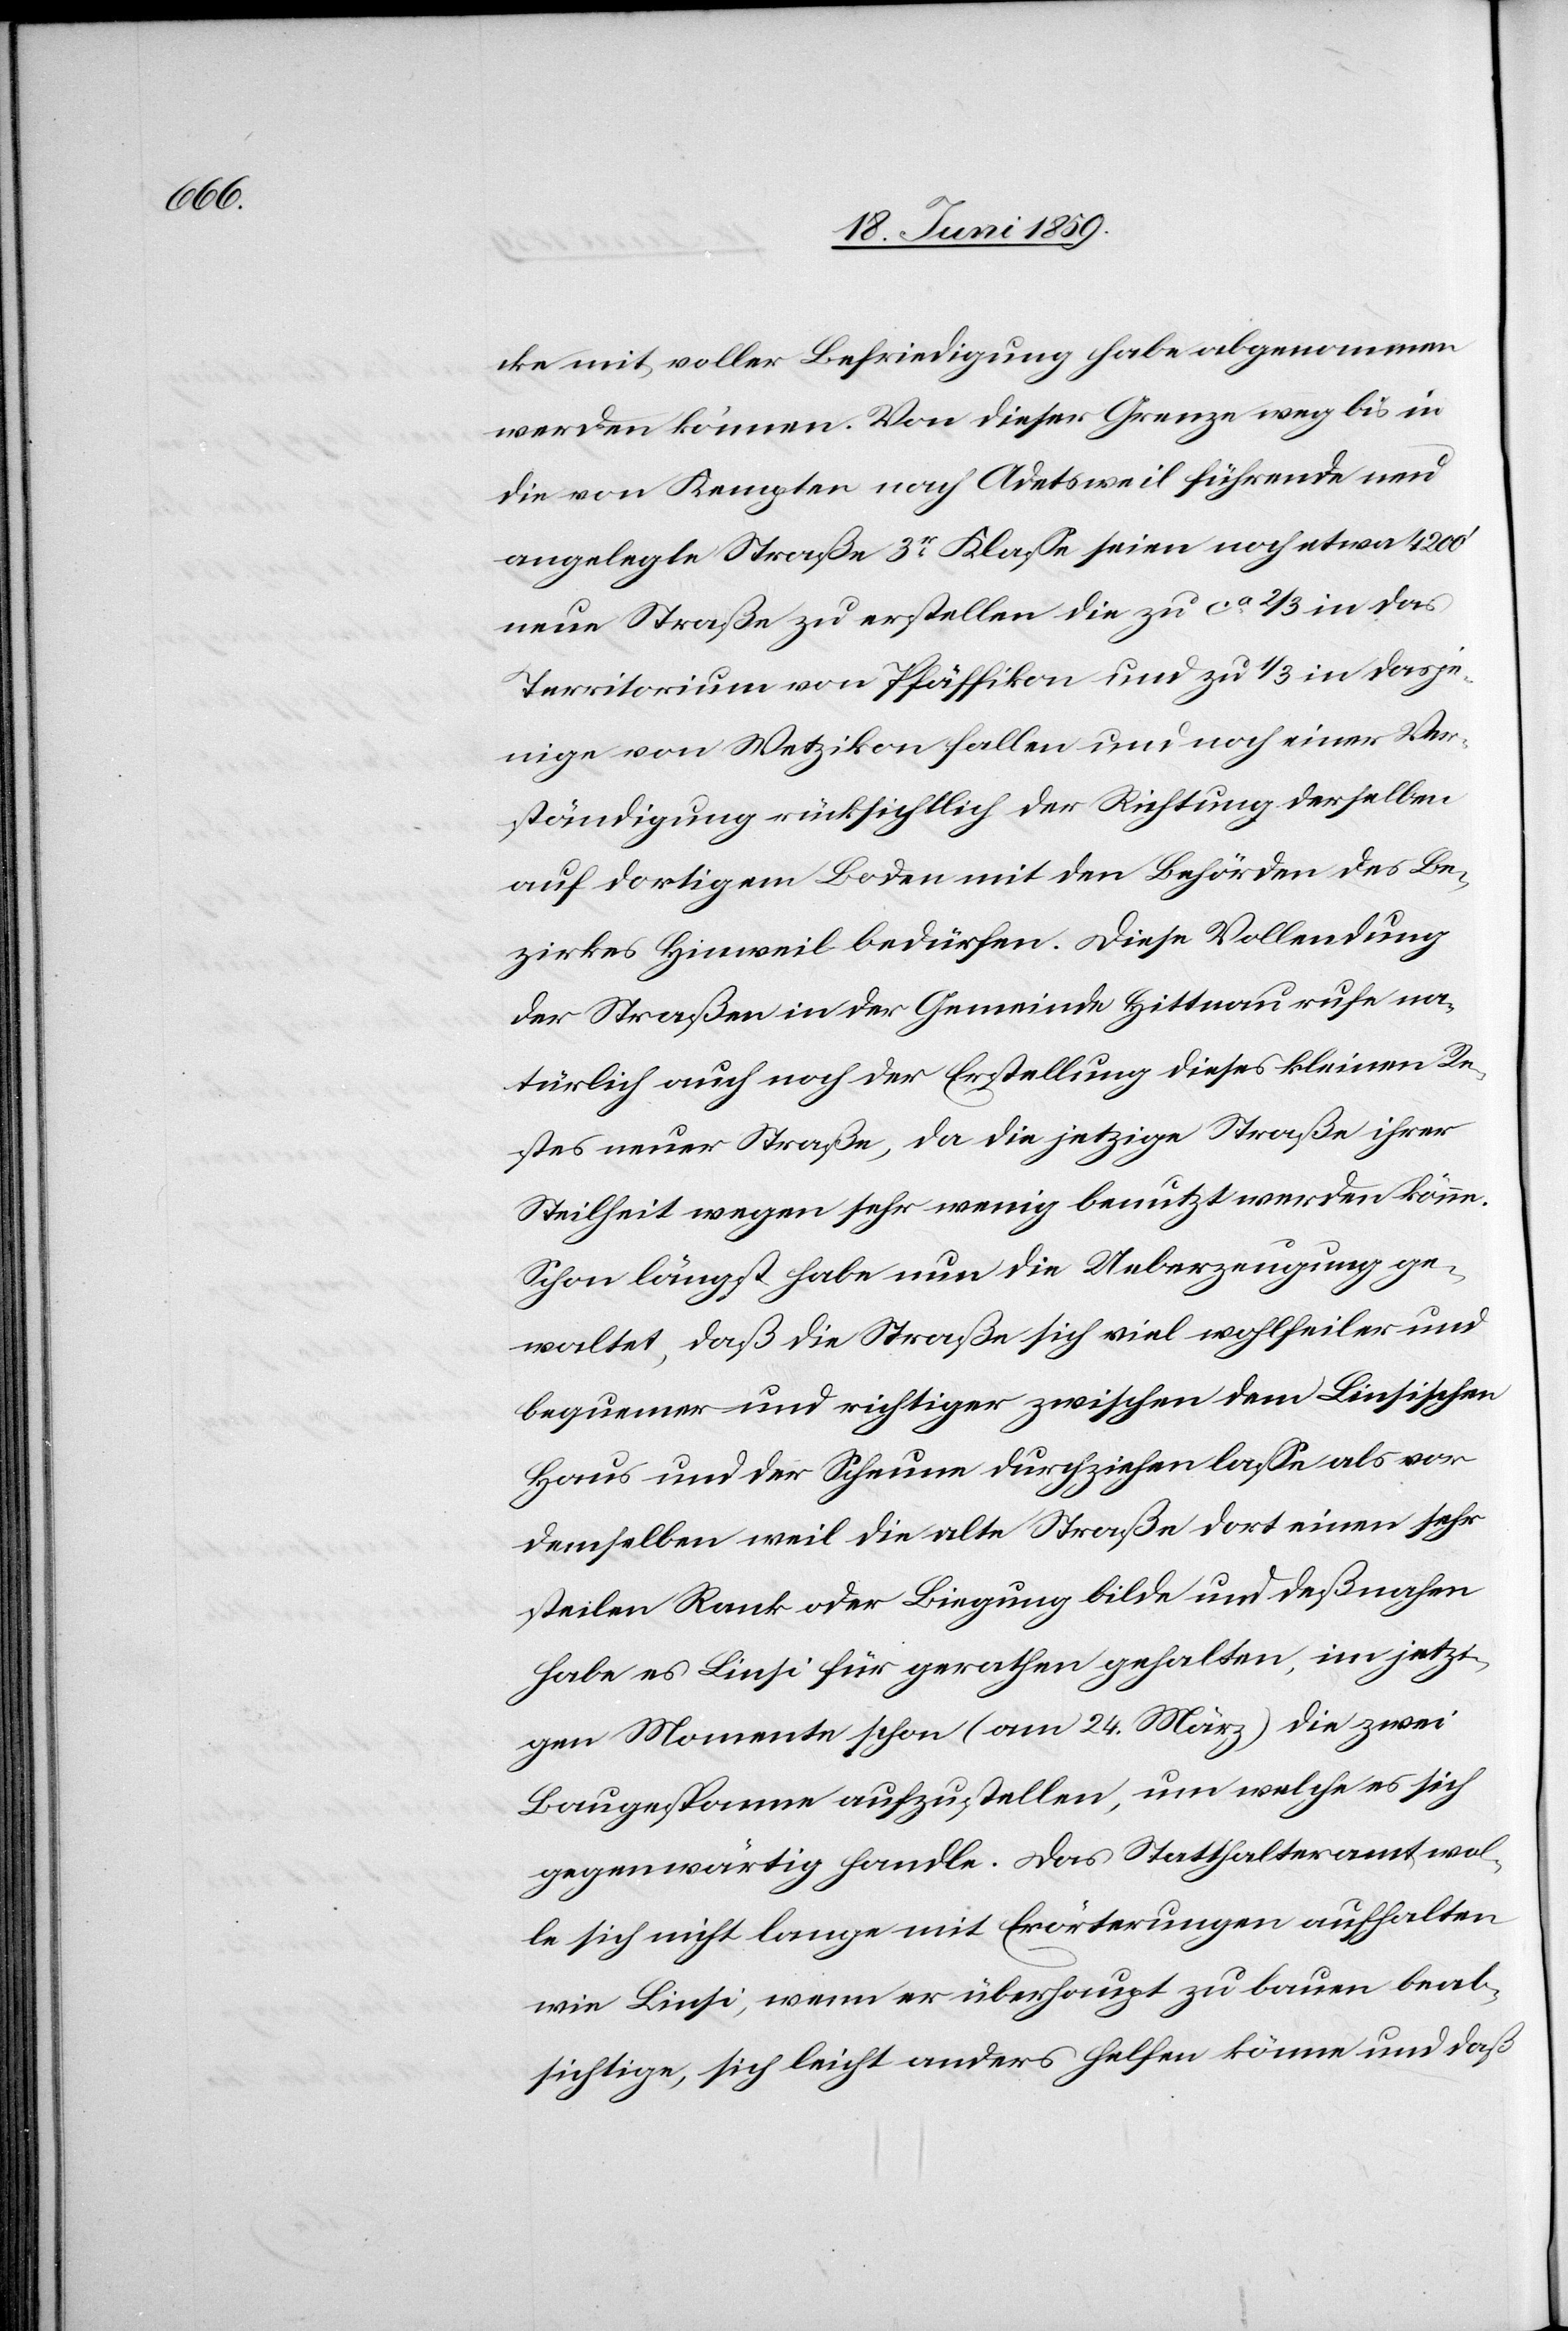
cke mit voller Befriedigung habe abgenommen
werden können. Von dieser Grenze weg bis in
die von Kempten nach Adetsweil führende neu
angelegte Straße 3er Klasse seien noch etwa 2400‘
neue Straße zu erstellen die zu ca 1/3 in das
Territorium von Pfäffikon und zu 1/3 in dasje¬
nige von Wetzikon fallen und noch einer Ver¬
ständigung rücksichtlich der Richtung derselben
auf dortigem Boden mit den Behörden des Be¬
zirkes Hinweil bedürfen. Diese Vollendung
der Straßen in der Gemeinde Hittnau rufe na¬
türlich auch noch der Erstellung dieses kleinen Re¬
stes neuer Straße, da die jetzige Straße ihrer
Steilheit wegen sehr wenig benutzt werden könne.
Schon längst habe nun die Ueberzeugung ge¬
waltet, daß die Straße sich viel wohlfeiler und
bequemer und richtiger zwischen dem Linsischen
Haus und der Scheune durchziehen lasse als vor
demselben weil die alte Straße dort einen sehr
steilen Rank oder Biegung bilde und deßnahen
habe es Linsi für gerathen gehalten, im jetzi¬
gen Momente schon (am 24. März) die zwei
Baugespanne aufzustellen, um welche es sich
gegenwärtig handle. Das Statthalteramt wol¬
le sich nicht lange mit Erörterungen aufhalten
wie Linsi, wenn er überhaupt zu bauen beab¬
sichtige, sich leicht anders helfen könne und daß